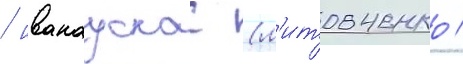
/ иванаускас (л'итовченко /